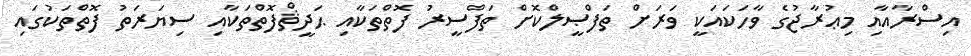
އިސްރާއާއި މިޢުރާޖުގެ ވާހަކައަކީ ވަރަށް ތަފްޞީލްކޮށް ތަފްސީރު ފޮތްތަކާއި ޙަދީޘްފޮތްތަކާއި ސިޔަރަތު ފޮތްތަކުގައި